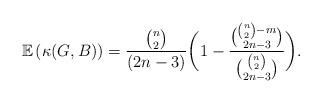
LaTeX: \begin{align*} \mathbb{E} \left(\kappa (G, B) \right) = \frac{{n \choose 2}}{(2n - 3)} \bigg( 1 - \frac{ {{n \choose 2} - m \choose 2n - 3} } { {{n \choose 2} \choose 2n - 3} } \bigg).\end{align*}